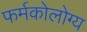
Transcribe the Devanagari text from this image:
फर्मकोलोग्य